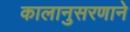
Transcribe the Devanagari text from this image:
कालानुसरणाने